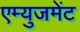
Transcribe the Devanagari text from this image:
एम्‍युजमेंट